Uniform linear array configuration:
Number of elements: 8
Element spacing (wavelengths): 0.5
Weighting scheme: hamming
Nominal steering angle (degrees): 0
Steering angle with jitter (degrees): -0.1331
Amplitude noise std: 0.05
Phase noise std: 0.05

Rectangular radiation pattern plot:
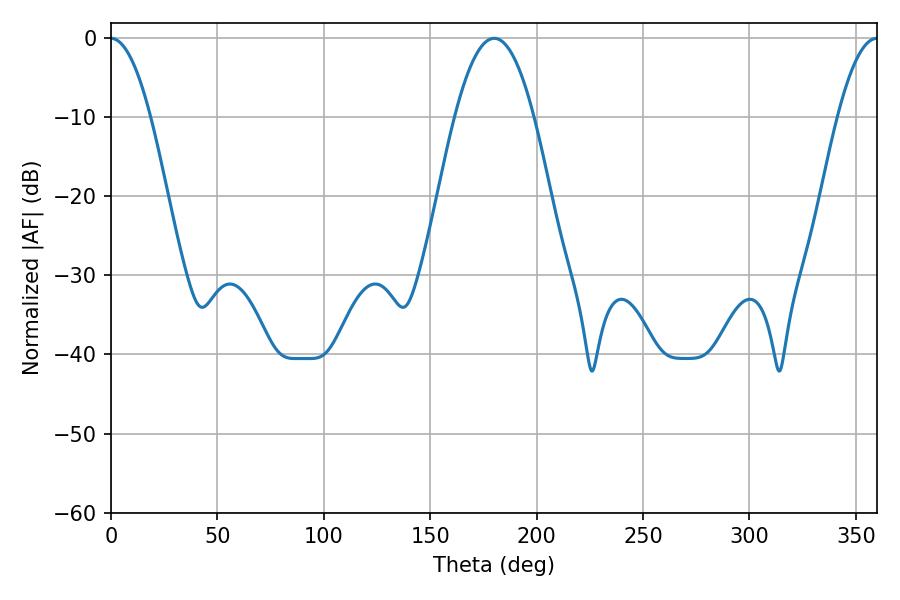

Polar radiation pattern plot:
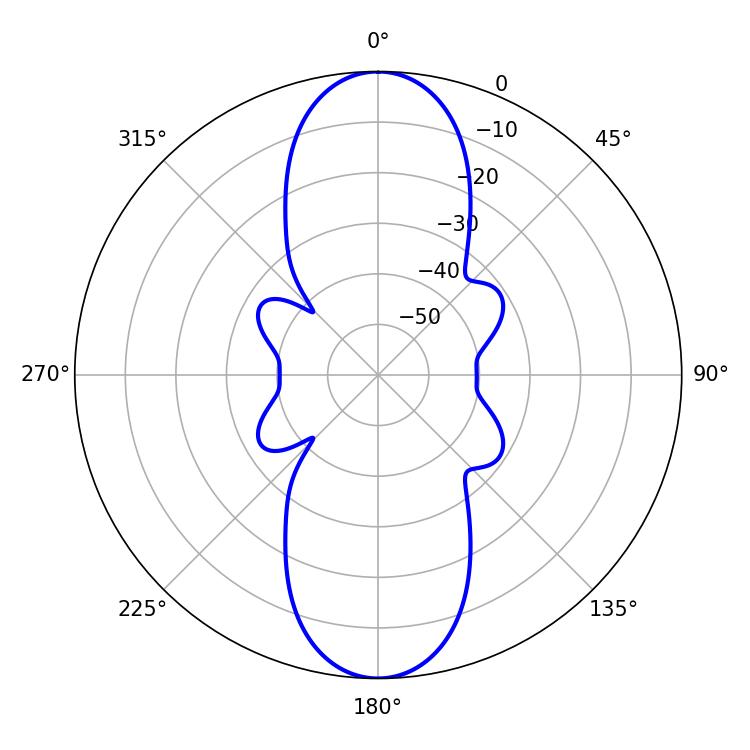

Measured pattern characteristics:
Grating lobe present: FALSE
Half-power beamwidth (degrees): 10.26
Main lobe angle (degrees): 360